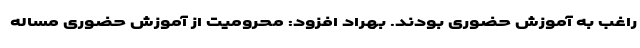
راغب به آموزش حضوری بودند. بهراد افزود: محرومیت از آموزش حضوری مساله